Annual report on the working of the lock hospitals in the North-Western Provinces and Oudh
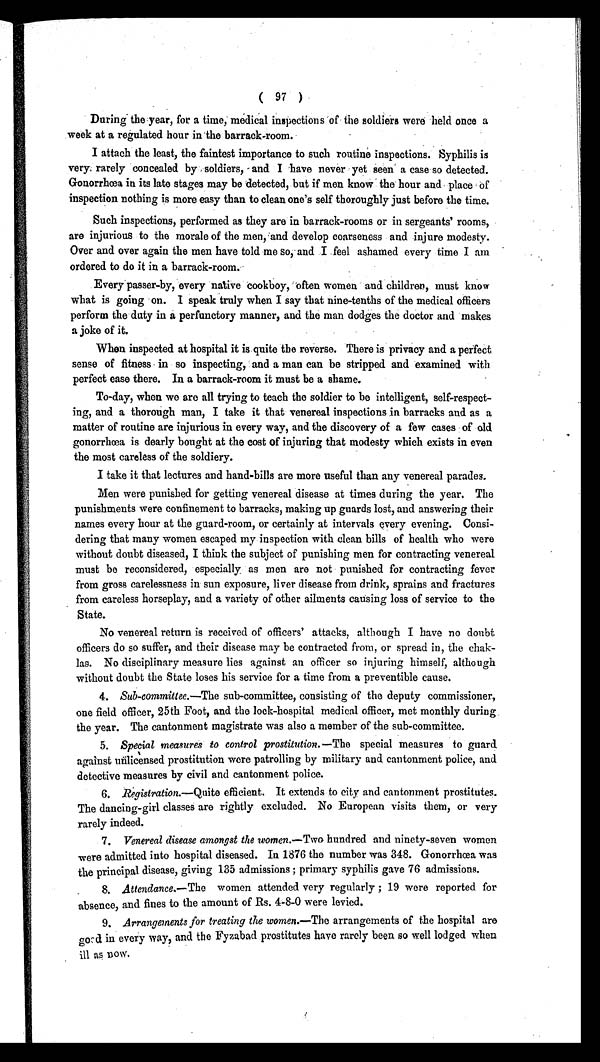
( 97 )
During the year, for a time, medical inspections of the soldiers were held once a
week at a regulated hour in the barrack-room.
I attach the least, the faintest importance to such routine inspections. Syphilis is
very, rarely concealed by soldiers, and I have never yet seen a case so detected.
Gonorrhoea in its late stages may be detected, but if men know the hour and place of
inspection nothing is more easy than to clean one's self thoroughly just before the time.
Such inspections, performed as they are in barrack-rooms or in sergeants rooms,
are injurious to the morale of the men, and develop coarseness and injure modesty.
Over and over again the men have told me so, and I feel ashamed every time I am
ordered to do it in a barrack-room.
Every passer-by, every native cookboy, often women and children, must know
what is going on. I speak truly when I say that nine-tenths of the medical officers
perform the duty in a perfunctory manner, and the man dodges the doctor and makes
a joke of it.
When inspected at hospital it is quite the reverse. There is privacy and a perfect
sense of fitness in so inspecting, and a man can be stripped and 'examined with
perfect ease there. In a barrack-room it must be a shame.
To-day, when we are all trying to teach the soldier to be intelligent, self-respect-
ing, and a thorough man, I take it that venereal inspections in barracks and as a
matter of routine are injurious in every way, and the discovery of a few cases of old
gonorrhoea is dearly bought at the cost of injuring that modesty which exists in even
the most careless of the soldiery.
I take it that lectures and hand-bills are more useful than any venereal parades.
Men were punished for getting venereal disease at times during the year. The
punishments were confinement to barracks, making up guards lost, and answering their
names every hour at the guard-room, or certainly at intervals every evening. Consi-
dering that many women escaped my inspection with clean bills of health who were
without doubt diseased, I think the subject of punishing men for contracting venereal
must be reconsidered, especially as men are not punished for contracting fever
from gross carelessness in sun exposure, liver disease from drink, sprains and fractures
from careless horseplay, and a variety of other ailments causing loss of service to the
State.
No venereal return is received of officers' attacks, although I have no doubt
officers do so suffer, and their disease may be contracted from, or spread in, the chak-
las. No disciplinary measure lies against an officer so injuring himself, although
without doubt the State loses his service for a time from a preventible cause.
4. Sub-committee.—The sub-committee, consisting of the deputy commissioner,
one field officer, 25th Foot, and the lock-hospital medical officer, met monthly during
the year. The cantonment magistrate was also a member of the sub-committee.
5. Special measures to control prostitution.—The special measures to guard
against unlicensed prostitution were patrolling by military and cantonment police, and
detective measures by civil and cantonment police.
6. Registration.—Quite efficient. It extends to city and cantonment prostitutes.
The dancing-girl classes are rightly excluded. No European visits them, or very
rarely indeed.
7. Venereal disease amongst the women.—Two hundred and ninety-seven women
were admitted into hospital diseased. In 1876 the number was 348. Gonorrhœa was
the principal disease, giving 135 admissions ; primary syphilis gave 76 admissions.
8. Attendance.— The women attended very regularly ; 19 were reported for
absence, and fines to the amount of Rs. 4-8-0 were levied.
9. Arrangements for treating the women.—The arrangements of the hospital are
good in every way, and the Fyzabad prostitutes have rarely been so well lodged when
ill as now.